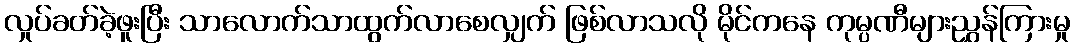
လှုပ်ခတ်ခဲ့ဖူးပြီး သာလောက်သာထွက်လာစေလျှက် ဖြစ်လာသလို မိုင်ကနေ ကုမ္ပဏီများညွှန်ကြားမှု